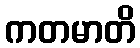
ကတမာတိ